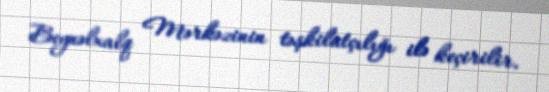
Beynəlxalq Mərkəzinin təşkilatçılığı ilə keçirilir.